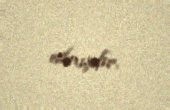
almışdır.